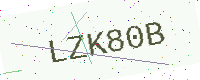
Text: LZK80B